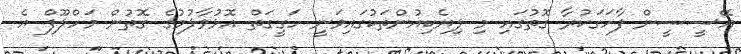
އޭސީސީން ފާހަގަކުރާ ގޮތުގައި މި ލިޔެކިއުންތަކުގައިވަނީ ހަގީގަތް އޮޅުވާލުމުގެ ގޮތުން މަހްލޫފް އެ